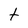
Character: t